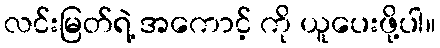
လင်းမြတ်ရဲ့ အကောင့် ကို ယူပေးဖို့ပါ။